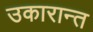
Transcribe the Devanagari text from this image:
उकारान्त